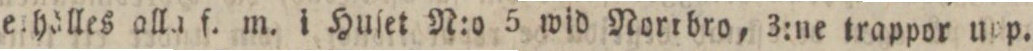
eihälles alla f. m. i Huſet N:o 5 wid Nortbro, 3:ne trappor upp.